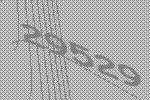
29529